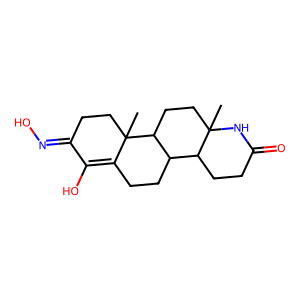
SMILES: CC12CCC3C(CCC4=C(O)C(=NO)CCC43C)C1CCC(=O)N2
Inhibits HIV replication: No